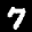
Label: 7